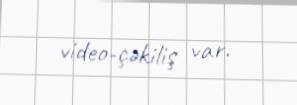
video-çəkiliş var.